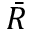
\bar { R }